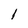
Character: l